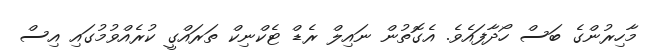
މާހިރުންގެ ބަސް ހޯދާފައެވެ. އެގޮތުން ނައިލް ރެޑް ޓެކްނިކް ތަރައްގީ ކުރެއްވުމުގައި އިސް